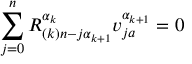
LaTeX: \sum _ { j = 0 } ^ { n } R _ { ( k ) n - j \alpha _ { k + 1 } } ^ { \alpha _ { k } } v _ { j a } ^ { \alpha _ { k + 1 } } = 0